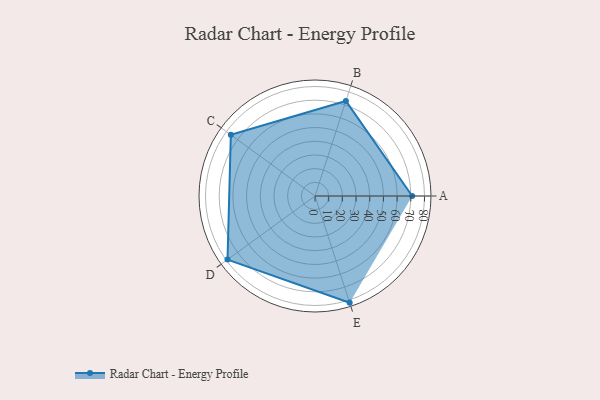
{"axis": {"x": "Skill", "y": "Score"}, "legend": ["Profile"], "data": [{"x": "A", "y": 71.0, "type": "Profile"}, {"x": "B", "y": 73.0, "type": "Profile"}, {"x": "C", "y": 76.0, "type": "Profile"}, {"x": "D", "y": 79.0, "type": "Profile"}, {"x": "E", "y": 82.0, "type": "Profile"}]}